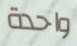
واحدة